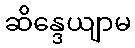
ဆိန္ဒေယျာမ